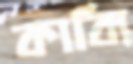
কাব্যি